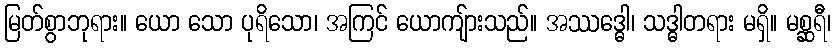
မြတ်စွာဘုရား။ ယော သော ပုရိသော၊ အကြင် ယောကျ်ားသည်။ အဿဒ္ဓေါ၊ သဒ္ဓါတရား မရှိ။ မစ္ဆရီ၊